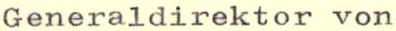
Generaldirektor von